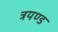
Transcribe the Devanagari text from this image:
त्रयण्ड